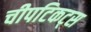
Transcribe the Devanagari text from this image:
चीपटिकट्स